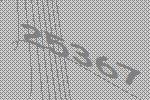
25367